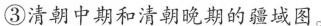
③清朝中期和清朝晚期的疆域图。